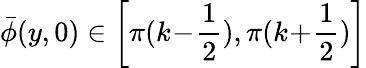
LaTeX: \bar{\phi}(y,0)\in\left[\pi(k\! -\! \frac 12),\pi(k\! +\! \frac 12)\right]